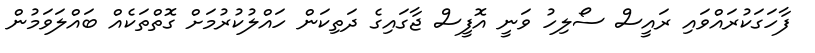
ފާހަގަކުރައްވައި ރައީސް ސޯލިހު ވަނީ އޮފީސް ޖާގައިގެ ދަތިކަން ހައްލުކުރުމަށް ގޮތްތަކެއް ބައްލަވަމުން